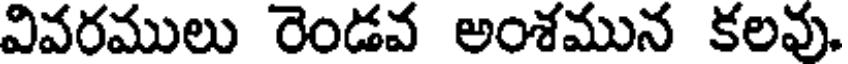
వివరములు రెండవ అంశమున కలవు.